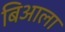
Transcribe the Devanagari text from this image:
बिआला